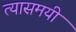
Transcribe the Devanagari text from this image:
त्यासमयी